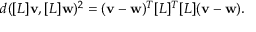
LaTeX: d ( [ L ] \mathbf { v } , [ L ] \mathbf { w } ) ^ { 2 } = ( \mathbf { v } - \mathbf { w } ) ^ { T } [ L ] ^ { T } [ L ] ( \mathbf { v } - \mathbf { w } ) .